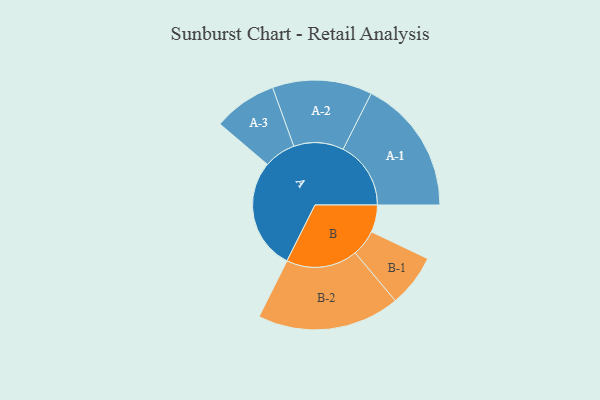
{"axis": {"x": "Segment", "y": "Value"}, "legend": ["", "A", "B"], "data": [{"x": "A", "y": 461, "type": ""}, {"x": "B", "y": 113, "type": ""}, {"x": "A-1", "y": 281, "type": "A"}, {"x": "A-2", "y": 207, "type": "A"}, {"x": "A-3", "y": 132, "type": "A"}, {"x": "B-1", "y": 109, "type": "B"}, {"x": "B-2", "y": 296, "type": "B"}]}